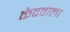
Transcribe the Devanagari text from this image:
कैदवाला